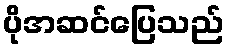
ပိုအဆင်ပြေသည်